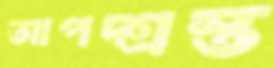
আপদ্‌গ্রস্ত